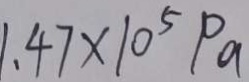
1 . 4 7 \times 1 0 ^ { 5 } P a